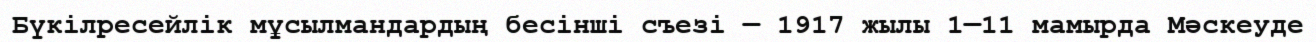
Бүкілресейлік мұсылмандардың бесінші съезі — 1917 жылы 1—11 мамырда Мәскеуде